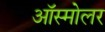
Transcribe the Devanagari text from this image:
ऑस्मोलर